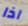
اذا